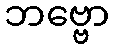
ဘဗ္ဗော